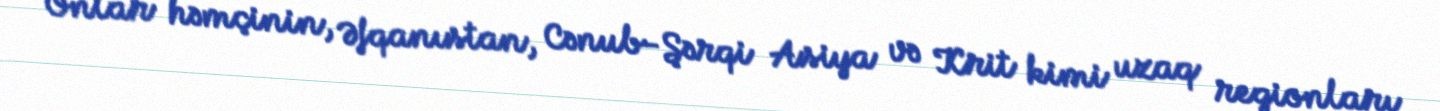
Onlar həmçinin, Əfqanıstan, Cənub-Şərqi Asiya və Krit kimi uzaq regionları